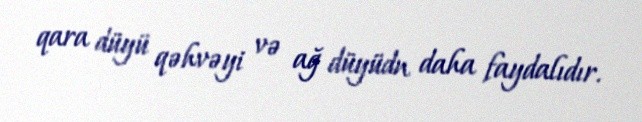
qara düyü qəhvəyi və ağ düyüdn daha faydalıdır.